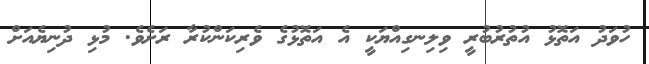
ހުވަދު އަތޮޅު އުތުރުބުރީ ވިލިނގިއްޔަކީ އެ އަތޮޅުގެ ވެރިކަންކުރާ ރަށެވެ. މުޅި ދުނިޔެއަށް